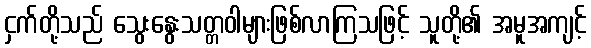
ငှက်တို့သည် သွေးနွေးသတ္တဝါများဖြစ်လာကြသဖြင့် သူတို့၏ အမူအကျင့်